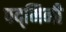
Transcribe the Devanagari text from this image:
पद्‌मिनी